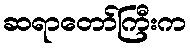
ဆရာတော်ကြီးက